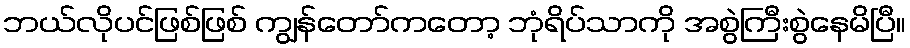
ဘယ်လိုပင်ဖြစ်ဖြစ် ကျွန်တော်ကတော့ ဘုံရိပ်သာကို အစွဲကြီးစွဲနေမိပြီ။